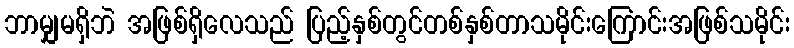
ဘာမျှမရှိဘဲ အဖြစ်ရှိလေသည် ပြည့်နှစ်တွင်တစ်နှစ်တာသမိုင်းကြောင်းအဖြစ်သမိုင်း